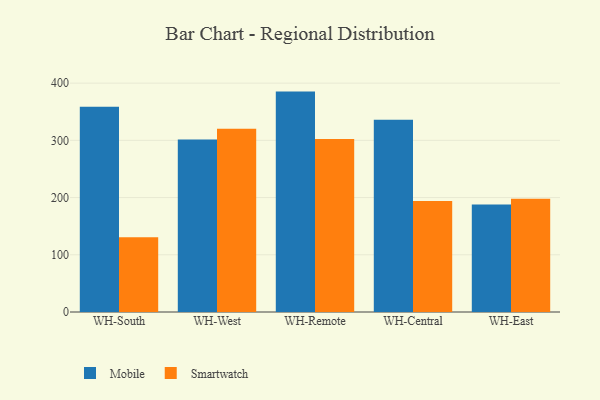
{"axis": {"x": "Warehouse", "y": "LTV (USD)"}, "legend": ["Mobile", "Smartwatch"], "data": [{"x": "WH-South", "y": 358.8, "type": "Mobile"}, {"x": "WH-South", "y": 130.7, "type": "Smartwatch"}, {"x": "WH-West", "y": 301.5, "type": "Mobile"}, {"x": "WH-West", "y": 320.4, "type": "Smartwatch"}, {"x": "WH-Remote", "y": 385.2, "type": "Mobile"}, {"x": "WH-Remote", "y": 302.2, "type": "Smartwatch"}, {"x": "WH-Central", "y": 335.9, "type": "Mobile"}, {"x": "WH-Central", "y": 193.9, "type": "Smartwatch"}, {"x": "WH-East", "y": 187.7, "type": "Mobile"}, {"x": "WH-East", "y": 198.0, "type": "Smartwatch"}]}